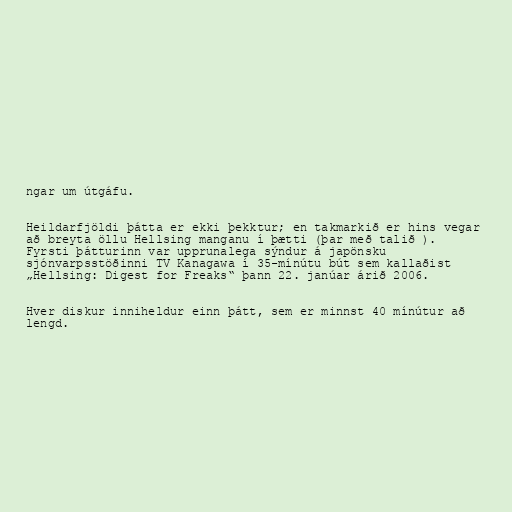
ngar um útgáfu.

Heildarfjöldi þátta er ekki þekktur; en takmarkið er hins vegar
að breyta öllu Hellsing manganu í þætti (þar með talið ).
Fyrsti þátturinn var upprunalega sýndur á japönsku
sjónvarpsstöðinni TV Kanagawa í 35-mínútu bút sem kallaðist
„Hellsing: Digest for Freaks“ þann 22. janúar árið 2006.

Hver diskur inniheldur einn þátt, sem er minnst 40 mínútur að
lengd.